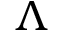
\Lambda